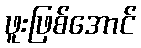
ဖူးဖြစ်အောင်